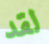
لقد